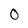
Character: O